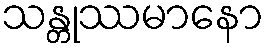
သန္တုဿမာနော